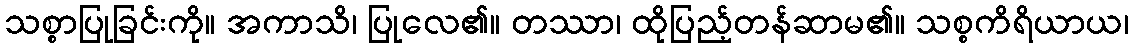
သစ္စာပြုခြင်းကို။ အကာသိ၊ ပြုလေ၏။ တဿာ၊ ထိုပြည့်တန်ဆာမ၏။ သစ္စကိရိယာယ၊